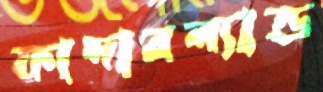
ফাদারল্যান্ড